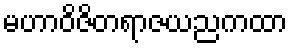
မဟာဝိဇိတရာဇယညကထာ